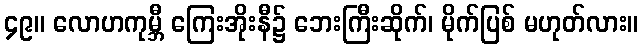
၄၉။ လောဟကုမ္ဘီ ကြေးအိုးနီ၌ ဘေးကြီးဆိုက်၊ မိုက်ပြစ် မဟုတ်လား။